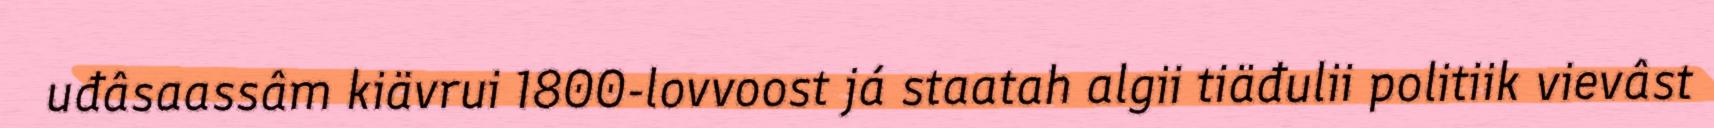
uđâsaassâm kiävrui 1800-lovvoost já staatah algii tiäđulii politiik vievâst